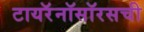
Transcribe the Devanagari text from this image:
टायरॅनॉसॉरसची